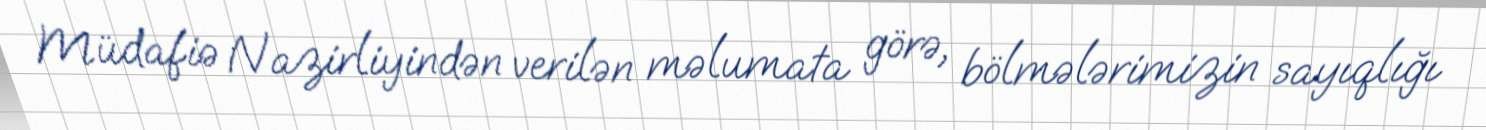
Müdafiə Nazirliyindən verilən məlumata görə, bölmələrimizin sayıqlığı